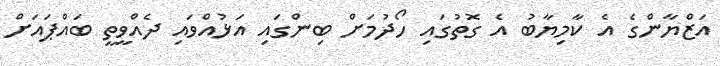
އަޒްޔާންގެ އެ ކާމިޔާބު އެ ގޮތުގައި ހޯދުމަށް ބިންގައި އަޅުއްވައި ދެއްވީތީ ބައްޕައަށް